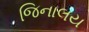
જિનાલય